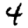
Digit: 4